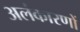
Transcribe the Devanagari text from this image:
अलंकारणों